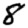
Digit: 8